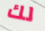
لك